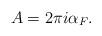
LaTeX: \begin{align*} A = 2\pi i \alpha_F.\end{align*}